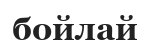
бойлай